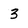
Character: 3